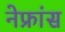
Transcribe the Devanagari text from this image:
नेफ्रांस